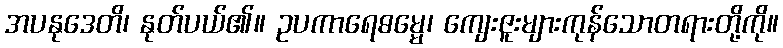
အပနုဒေတိ၊ နုတ်ပယ်၏။ ဥပကာရေဓမ္မေ၊ ကျေးဇူးများကုန်သောတရားတို့ကို။